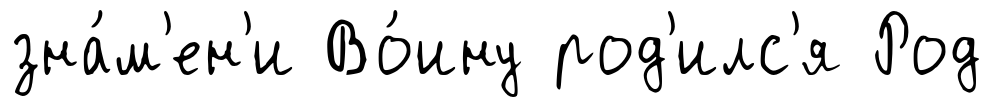
зна́м'ен'и Во́ину род'илс'я Род